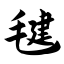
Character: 毽